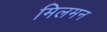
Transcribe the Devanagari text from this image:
मिलमन